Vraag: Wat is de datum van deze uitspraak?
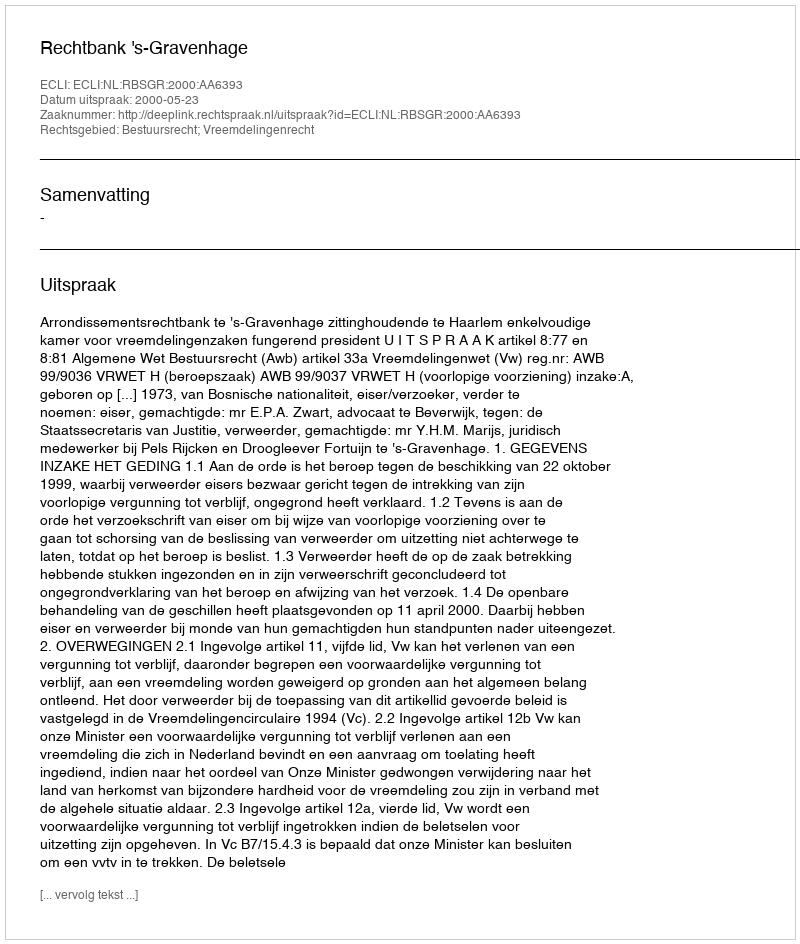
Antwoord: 2000-05-23